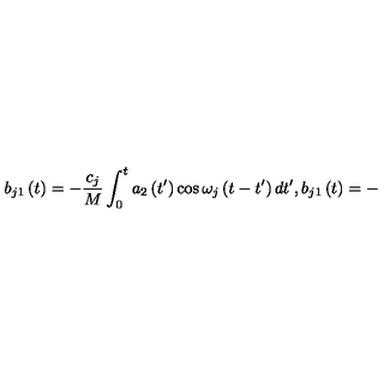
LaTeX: b _ { j 1 } \left( t \right) = - \frac { c _ { j } } M \int _ { 0 } ^ { t } a _ { 2 } \left( t ^ { \prime } \right) \cos \omega _ { j } \left( t - t ^ { \prime } \right) d t ^ { \prime } , b _ { j 1 } \left( t \right) = -